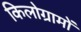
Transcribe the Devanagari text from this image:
किलोग्रामों